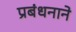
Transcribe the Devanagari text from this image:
प्रबंधनाने